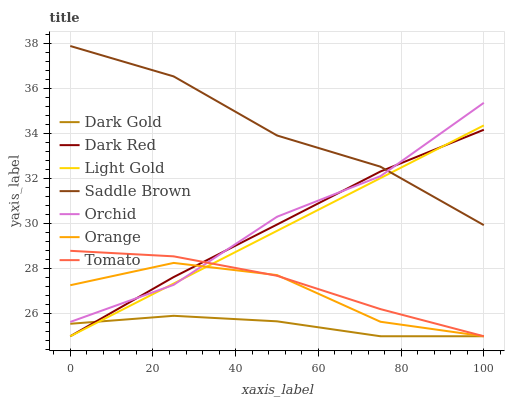
| xaxis_label | Dark Gold | Dark Red | Light Gold | Saddle Brown | Orchid | Orange | Tomato |
 | --- | --- | --- | --- | --- | --- | --- | --- |
 | 0 | 25.6 | 25 | 25 | 37.9 | 25.6 | 27.3 | 28.8 |
 | 25 | 25.9 | 27.6 | 27.3 | 36.5 | 27.3 | 28.3 | 28.5 |
 | 50 | 25.7 | 30 | 29.7 | 33.9 | 30.3 | 27.7 | 27.7 |
 | 75 | 25 | 32.3 | 32 | 32.5 | 32.1 | 25.6 | 26.2 |
 | 100 | 25 | 34.2 | 34.4 | 29.9 | 35.4 | 25 | 25 |